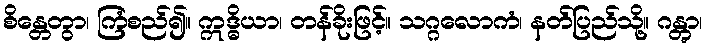
စိန္တေတွာ၊ ကြံစည်၍။ ဣဒ္ဓိယာ၊ တန်ခိုးဖြင့်။ သဂ္ဂလောကံ၊ နတ်ပြည်သို့။ ဂန္တွာ၊